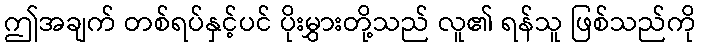
ဤအချက် တစ်ရပ်နှင့်ပင် ပိုးမွှားတို့သည် လူ၏ ရန်သူ ဖြစ်သည်ကို